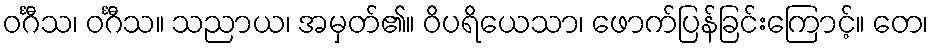
ဝင်္ဂီသ၊ ဝင်္ဂီသ။ သညာယ၊ အမှတ်၏။ ဝိပရိယေသာ၊ ဖောက်ပြန်ခြင်းကြောင့်။ တေ၊